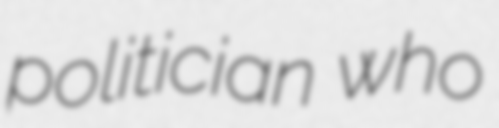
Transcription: politician who